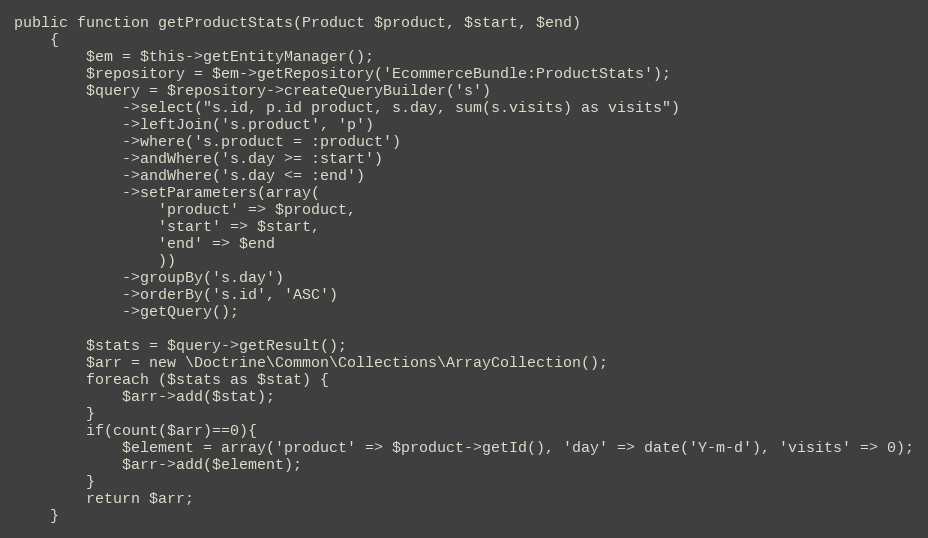
Language: PHP
public function getProductStats(Product $product, $start, $end)
    {
        $em = $this->getEntityManager();
        $repository = $em->getRepository('EcommerceBundle:ProductStats');
        $query = $repository->createQueryBuilder('s')
            ->select("s.id, p.id product, s.day, sum(s.visits) as visits")
            ->leftJoin('s.product', 'p')
            ->where('s.product = :product')
            ->andWhere('s.day >= :start')
            ->andWhere('s.day <= :end')
            ->setParameters(array(
                'product' => $product,
                'start' => $start,
                'end' => $end
                ))
            ->groupBy('s.day')
            ->orderBy('s.id', 'ASC')
            ->getQuery();

        $stats = $query->getResult();
        $arr = new \Doctrine\Common\Collections\ArrayCollection();
        foreach ($stats as $stat) {
            $arr->add($stat);
        }
        if(count($arr)==0){
            $element = array('product' => $product->getId(), 'day' => date('Y-m-d'), 'visits' => 0);
            $arr->add($element);
        }
        return $arr;
    }